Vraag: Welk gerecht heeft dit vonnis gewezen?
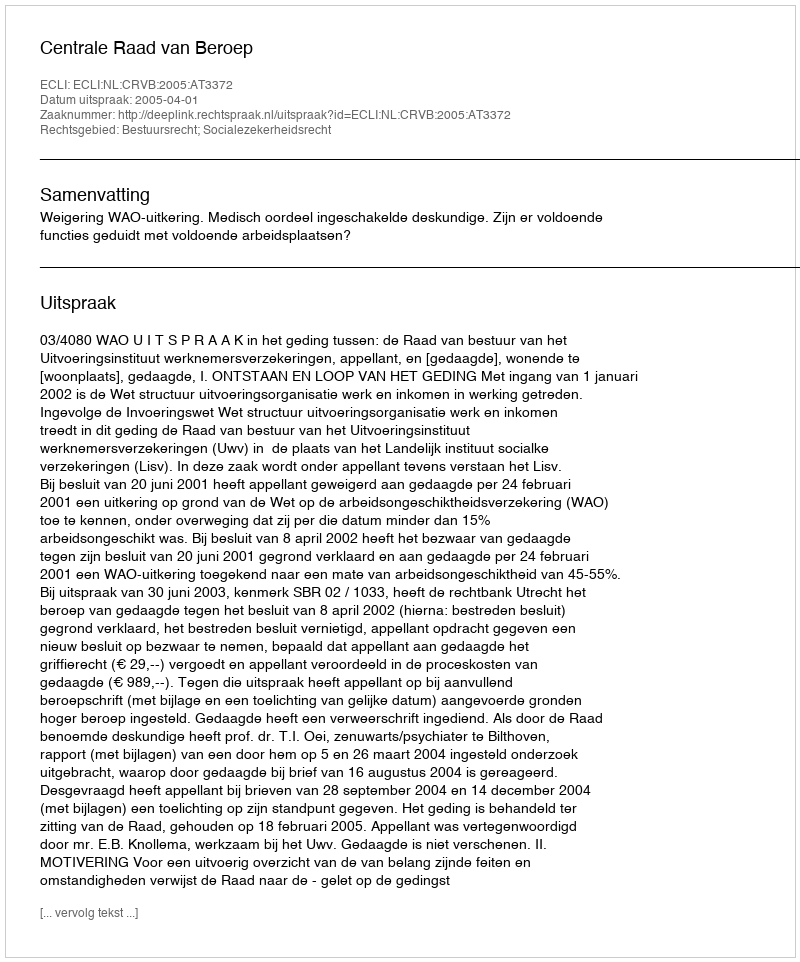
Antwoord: Centrale Raad van Beroep